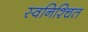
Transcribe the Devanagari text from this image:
स्वनिश्चित